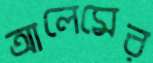
আলেমের